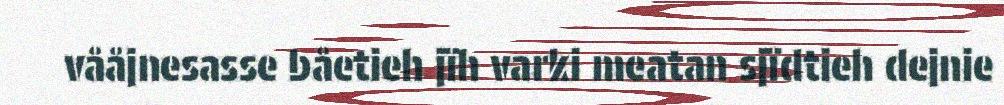
vååjnesasse båetieh jïh varki meatan sjïdtieh dejnie